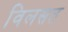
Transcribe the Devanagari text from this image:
विलसत